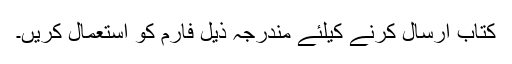
کتاب ارسال کرنے کیلئے مندرجہ ذیل فارم کو استعمال کریں۔